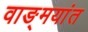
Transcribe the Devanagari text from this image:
वाङ्‌मयांत